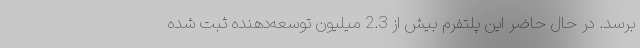
برسد. در حال حاضر این پلتفرم بیش از 2.3 میلیون توسعه‌دهنده ثبت شده